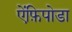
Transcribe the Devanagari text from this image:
ऐंफ़िपोडा